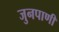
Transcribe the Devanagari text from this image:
जुनपाणी